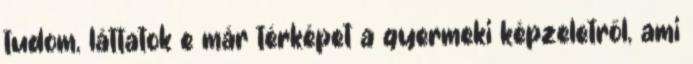
tudom, láttatok e már térképet a gyermeki képzeletről, ami